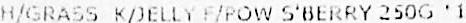
H/GRASS K/JELLY F/POW S'BERRY 250G '1